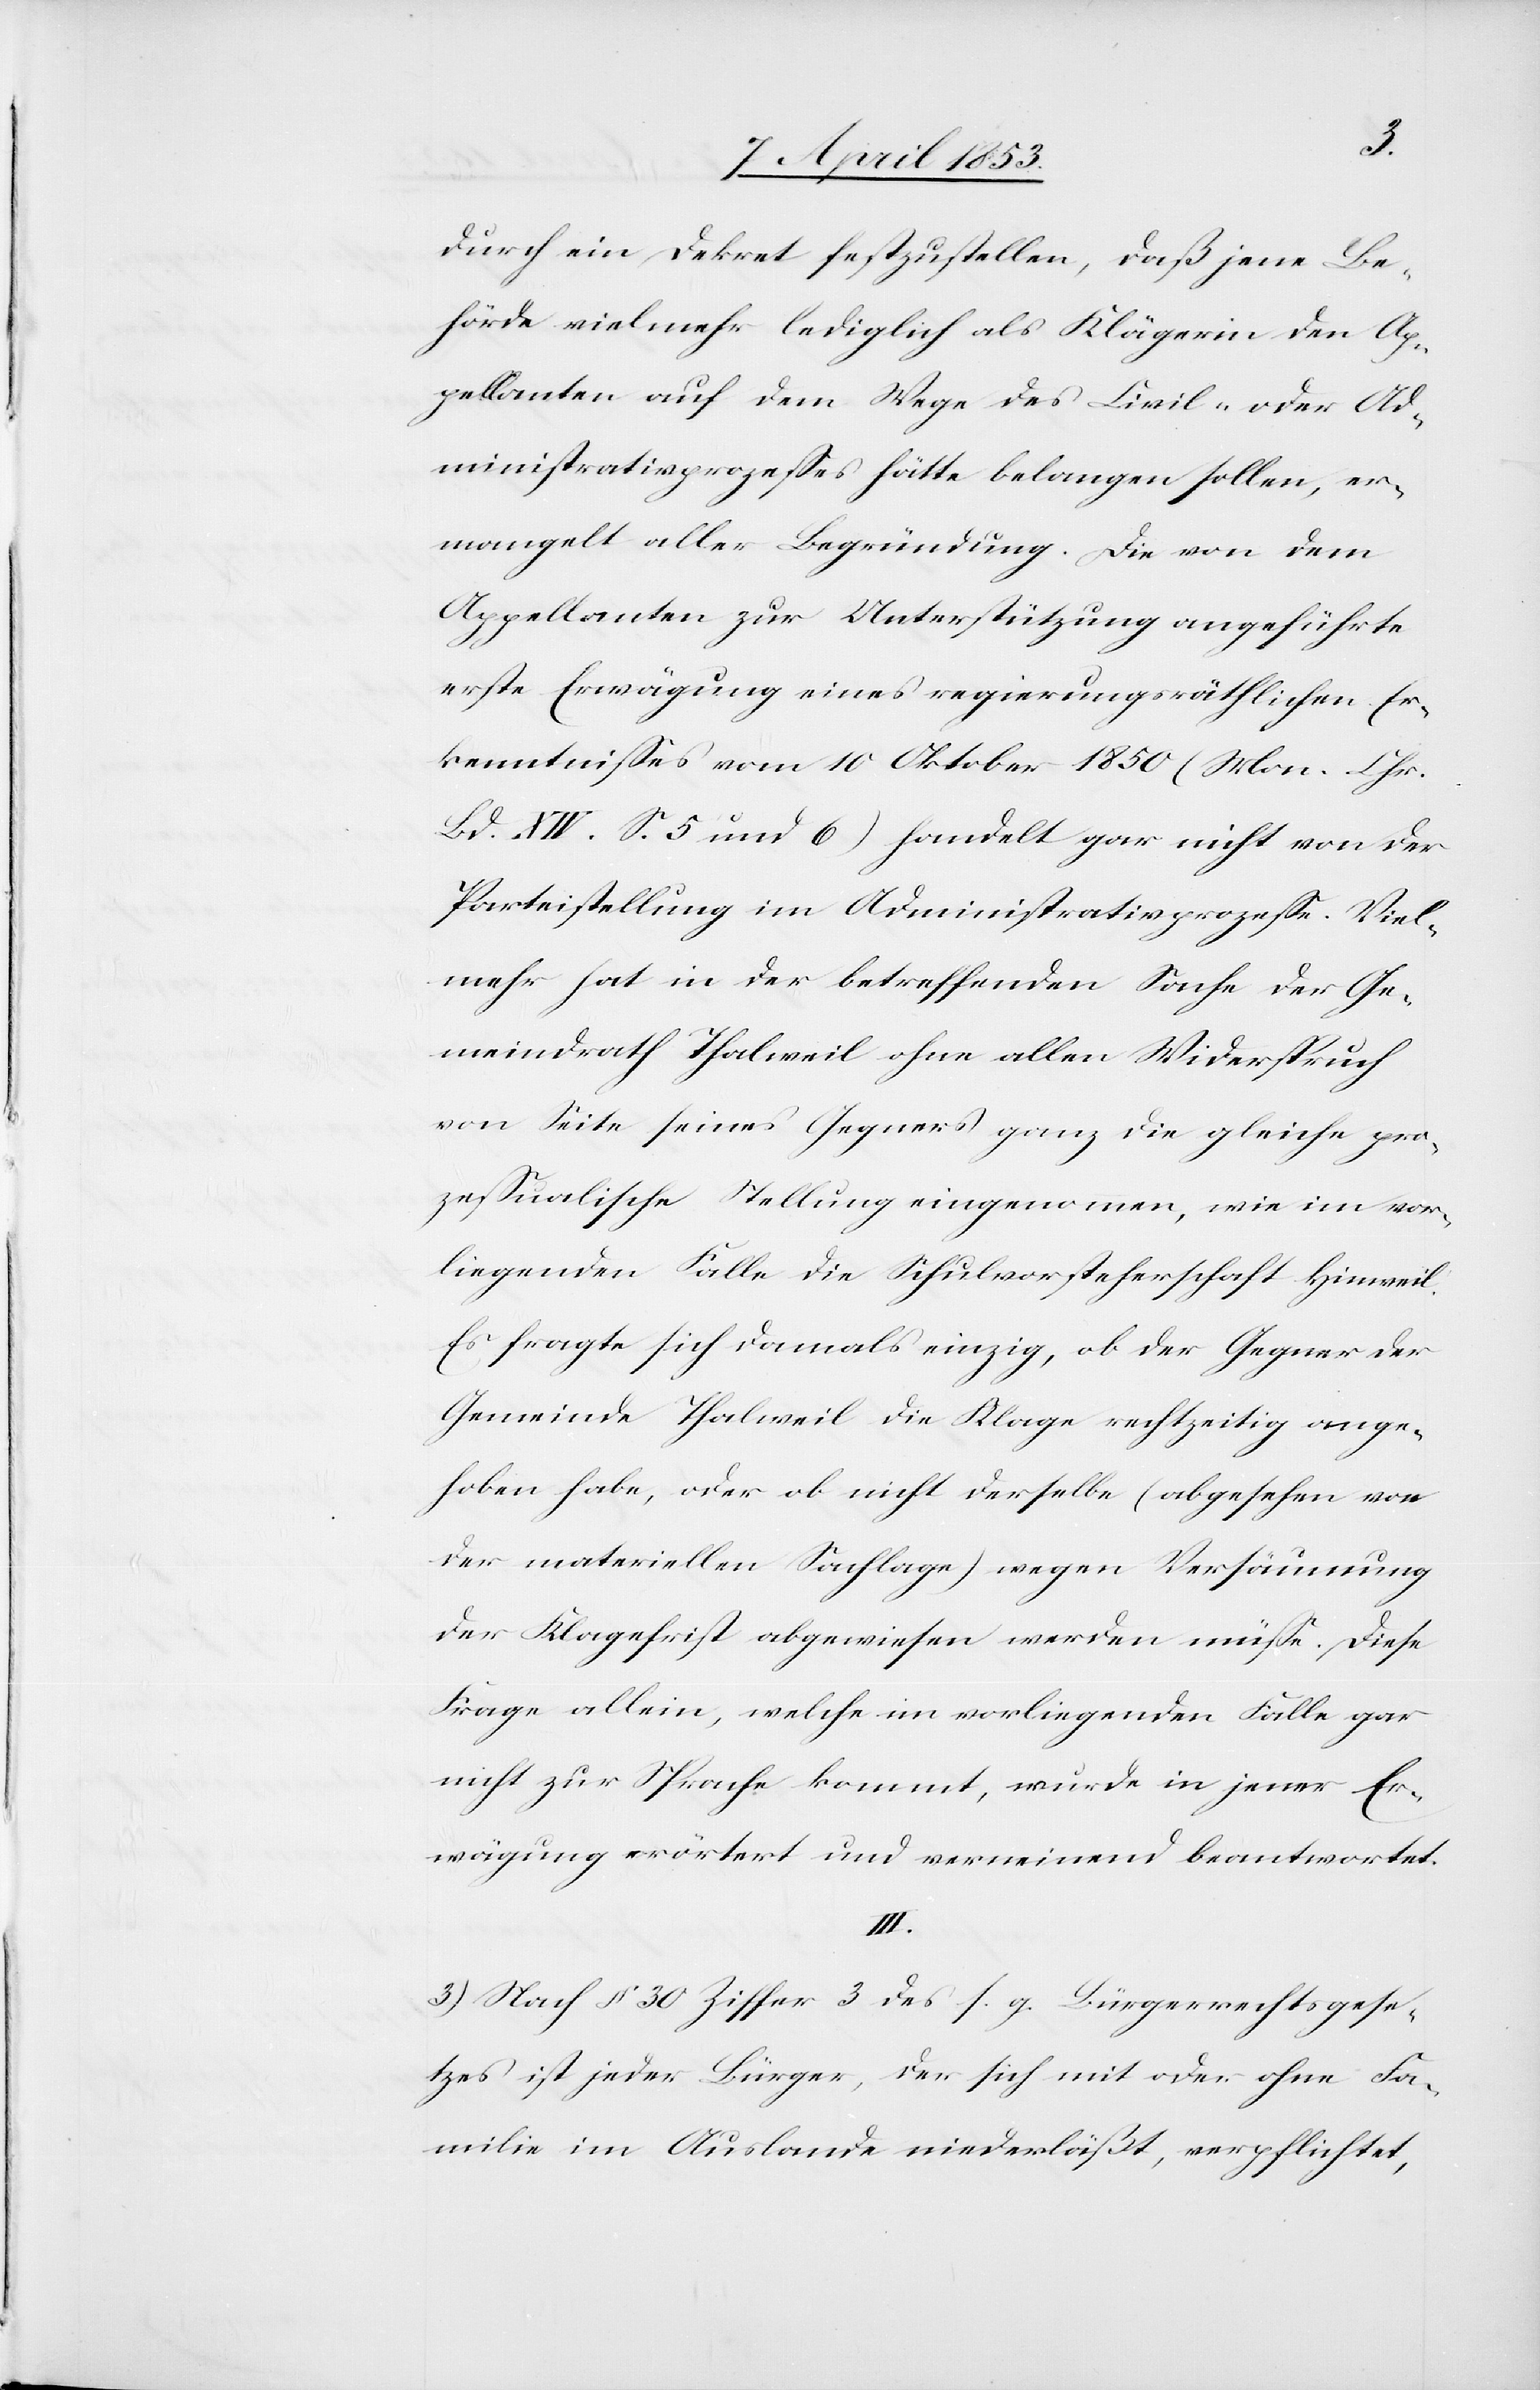
durch ein Dekret festzustellen, daß jene Be¬
hörde vielmehr lediglich als Klägerin den Ap¬
pellanten auf dem Wege des Civil- oder Ad¬
ministrativprozeßes hätte belangen sollen, er¬
mangelt aller Begründung. Die von dem
Appellanten zur Unterstützung angeführte
erste Erwägung eines regierungsräthlichen Er¬
kenntnißes vom 10 Oktober 1850 (Mon. Chr.
Bd. XIV. S. 5 und 6) handelt gar nicht von der
Parteistellung im Administrativprozeß. Viel¬
mehr hat in der betreffenden Sache der Ge¬
meindrath Thalweil ohne allen Widerspruch
von Seite seines Gegners ganz die gleiche pro¬
zeßualische Stellung eingenommen, wie im vor¬
liegenden Falle die Schulvorsteherschaft Hinweil.
Es fragte sich damals einzig, ob der Gegner der
Gemeinde Thalweil die Klage rechtzeitig ange¬
hoben habe, oder ob nicht derselbe (abgesehen von
der materiellen Sachlage) wegen Versäumung
der Klagefrist abgewiesen werden müße. Diese
Frage alleine, welche im vorliegenden Falle gar
nicht zur Sprache kommt, wurde in jener Er¬
wägung erörtert und verneinend beantwortet.
III.
3) Nach § 30 Ziffer 3 des s. g. Bürgerrechtsgese¬
tzes ist jeder Bürger, der sich mit oder ohne Fa¬
milie im Auslande niederläßt, verpflichtet,